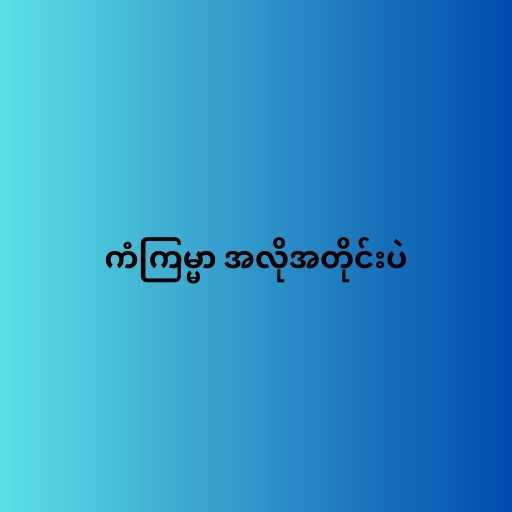
ကံကြမ္မာ အလိုအတိုင်းပဲ